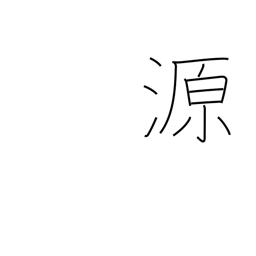
Meaning: source